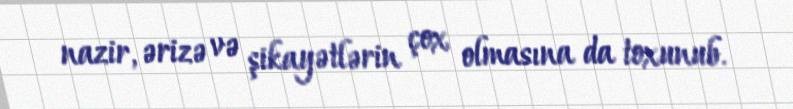
nazir, ərizə və şikayətlərin çox olmasına da toxunub.